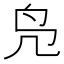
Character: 凫